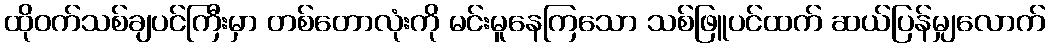
ထိုဝက်သစ်ချပင်ကြီးမှာ တစ်တောလုံးကို မင်းမူနေကြသော သစ်ဖြူပင်ထက် ဆယ်ပြန်မျှလောက်